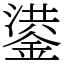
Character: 鍙